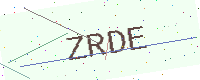
Text: ZRDE